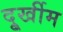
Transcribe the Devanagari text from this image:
दुूर्खीम